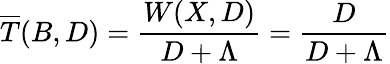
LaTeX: \overline{{T}}(B,D)=\frac{W(X,D)}{D+\Lambda}=\frac{D}{D+\Lambda}